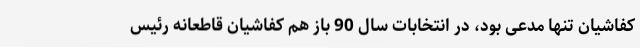
کفاشیان تنها مدعی بود، در انتخابات سال 90 باز هم کفاشیان قاطعانه رئیس